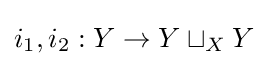
i_{1},i_{2}:Y\to Y\sqcup _{X}Y